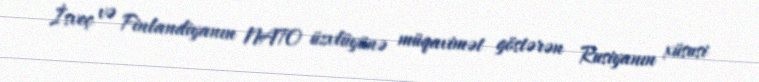
İsveç və Finlandiyanın NATO üzvlüyünə müqavimət göstərən Rusiyanın xüsusi